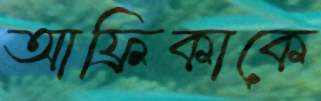
আফ্রিকাকে